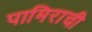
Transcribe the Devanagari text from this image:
पामिराची